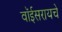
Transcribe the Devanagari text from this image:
वॉईसरायचे